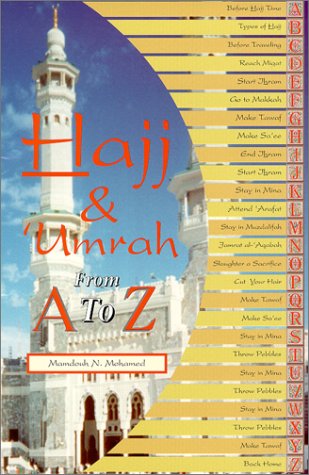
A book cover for Hajj & Umrah From A to Z; Mamdouh N. Mohamed; Religion & Spirituality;